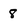
Character: 8